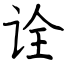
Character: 诠